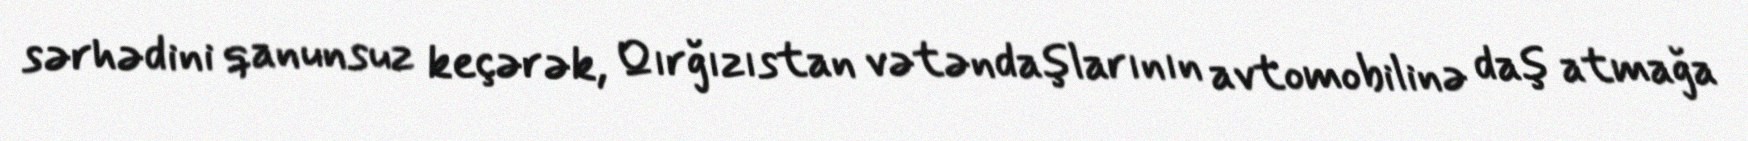
sərhədini qanunsuz keçərək, Qırğızıstan vətəndaşlarının avtomobilinə daş atmağa